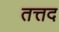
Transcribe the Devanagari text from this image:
तत्तद